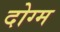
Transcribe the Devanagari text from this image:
दोग्म